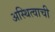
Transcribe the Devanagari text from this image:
अस्थित्वाची